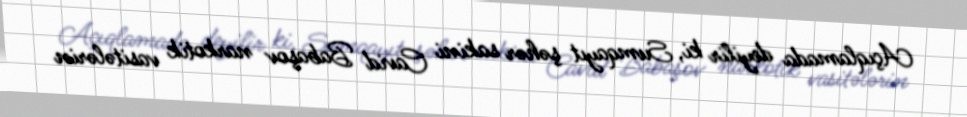
Açıqlamada deyilir ki, Sumqayıt şəhər sakini Cavid Babaşov narkotik vasitələrin